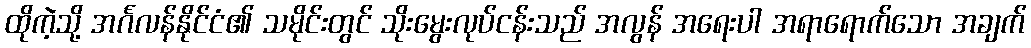
ထိုကဲ့သို့ အင်္ဂလန်နိုင်ငံ၏ သမိုင်းတွင် သိုးမွေးလုပ်ငန်းသည် အလွန် အရေးပါ အရာရောက်သော အချက်